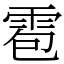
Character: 雹